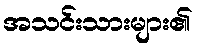
အသင်းသားများ၏